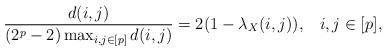
\begin{align*} \frac{d(i,j)}{(2^p-2)\max_{i,j \in [p]}d(i,j)}=2(1-\lambda_X(i,j)),\;\;\; i,j \in [p], \end{align*}